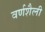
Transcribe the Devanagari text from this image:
वर्णशैली